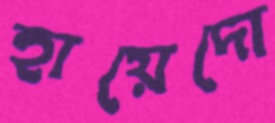
হায়েদো